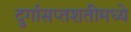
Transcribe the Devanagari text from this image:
दुर्गासप्तशतीमध्ये